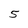
Character: 5